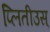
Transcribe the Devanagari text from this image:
प्लितीउस्